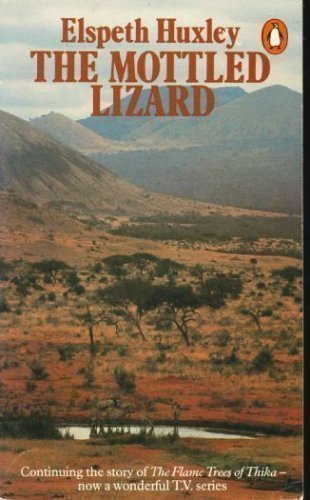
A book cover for The Mottled Lizard; Elspeth Huxley; History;